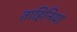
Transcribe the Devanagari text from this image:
ताहिनिया